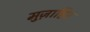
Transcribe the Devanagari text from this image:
मुज़ाहिर